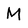
Character: M